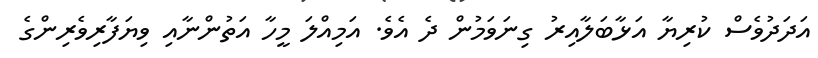
އަދަދުވެސް ކުރިޔާ އަޅާބަލާއިރު ގިނަވަމުން ދެ އެވެ. އަމިއްލަ މީހާ އަތުންނާއި ވިޔަފާރިވެރިންގެ